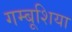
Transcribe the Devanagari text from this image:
गम्बूशिया